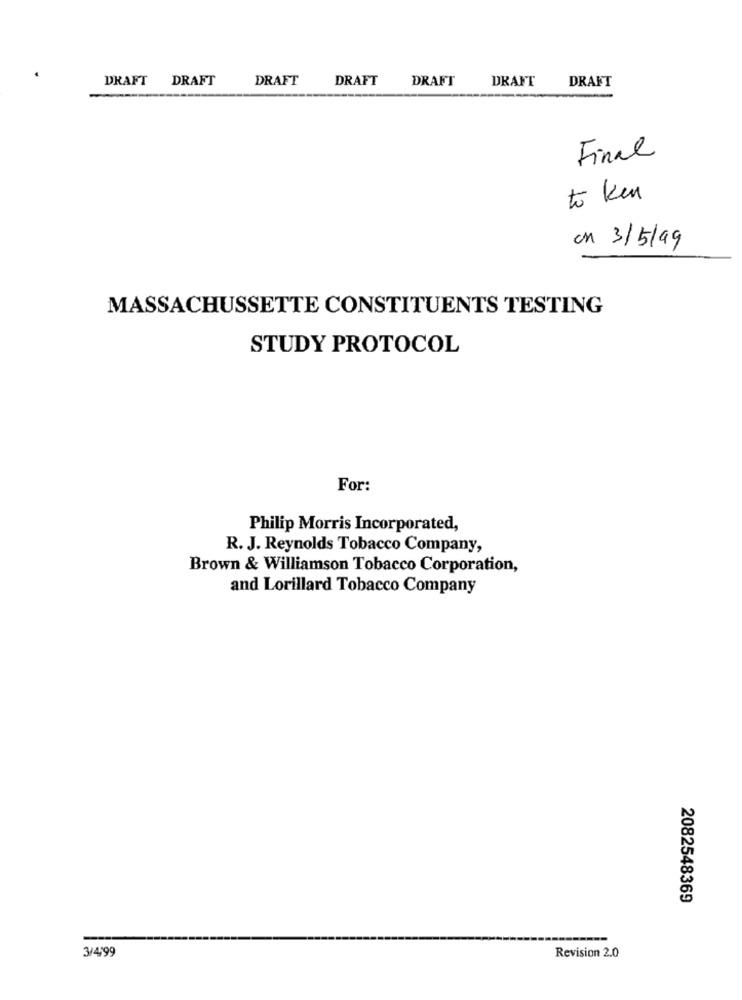
DRAFT DRAFT
DRAFT
DRAFT
DRAFT
DRAFT
DRAFT
Final
to ken
on 3/5/99
MASSACHUSSETTE CONSTITUENTS TESTING
STUDY PROTOCOL
For:
Philip Morris Incorporated,
R. J. Reynolds Tobacco Company,
Brown & Williamson Tobacco Corporation,
and Lorillard Tobacco Company
2082548369
3/4199
Revision 2.0